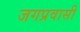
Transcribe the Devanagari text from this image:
जगप्रवासी